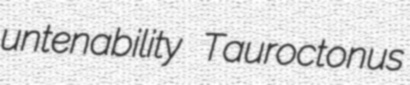
untenability Tauroctonus